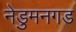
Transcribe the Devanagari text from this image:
नेडुमनगड